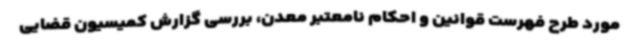
مورد طرح فهرست قوانین و احکام نامعتبر معدن، بررسی گزارش کمیسیون قضایی